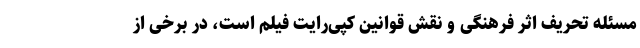
مسئله تحریف اثر فرهنگی و نقش قوانین کپی‌رایت فیلم است، در برخی از